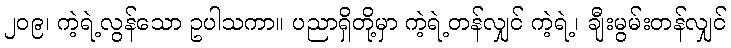
၂၀၉၊ ကဲ့ရဲ့လွန်သော ဥပါသကာ။ ပညာရှိတို့မှာ ကဲ့ရဲ့တန်လျှင် ကဲ့ရဲ့၊ ချီးမွမ်းတန်လျှင်